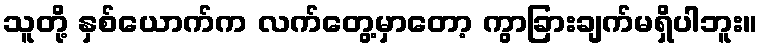
သူတို့ နှစ်ယောက်က လက်တွေ့မှာတော့ ကွာခြားချက်မရှိပါဘူး။